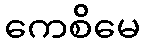
ကေစိမေ